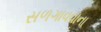
સળગાવવાના